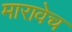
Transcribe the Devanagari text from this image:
मारावेच